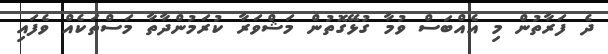
ދެ ފަރާތުން މި އެއްބަސް ވުމާ ގުޅޭގޮތުން މަޝްވަރާ ކުރަމުންދާތާ މަސްތަކެއް ވެފައި